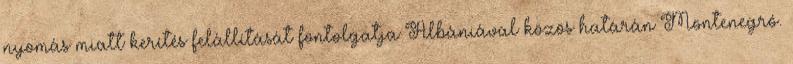
nyomás miatt kerítés felállítását fontolgatja Albániával közös határán Montenegró.